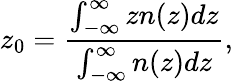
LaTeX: z_{0}=\frac{\int_{-\infty}^{\infty}zn(z)dz}{\int_{-\infty}^{\infty}n(z)dz},